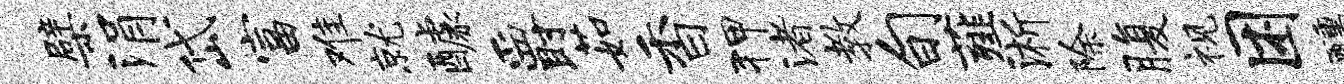
檗涓岱富难就醵爵茹香狎渚教旬薤淅除腹视困醺